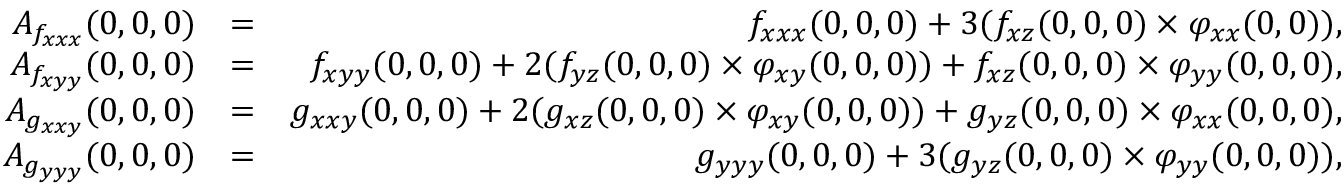
\begin{array} { r l r } { A _ { f _ { x x x } } ( 0 , 0 , 0 ) } & { = } & { f _ { x x x } ( 0 , 0 , 0 ) + 3 ( f _ { x z } ( 0 , 0 , 0 ) \times \varphi _ { x x } ( 0 , 0 ) ) , } \\ { A _ { f _ { x y y } } ( 0 , 0 , 0 ) } & { = } & { f _ { x y y } ( 0 , 0 , 0 ) + 2 ( f _ { y z } ( 0 , 0 , 0 ) \times \varphi _ { x y } ( 0 , 0 , 0 ) ) + f _ { x z } ( 0 , 0 , 0 ) \times \varphi _ { y y } ( 0 , 0 , 0 ) , } \\ { A _ { g _ { x x y } } ( 0 , 0 , 0 ) } & { = } & { g _ { x x y } ( 0 , 0 , 0 ) + 2 ( g _ { x z } ( 0 , 0 , 0 ) \times \varphi _ { x y } ( 0 , 0 , 0 ) ) + g _ { y z } ( 0 , 0 , 0 ) \times \varphi _ { x x } ( 0 , 0 , 0 ) , } \\ { A _ { g _ { y y y } } ( 0 , 0 , 0 ) } & { = } & { g _ { y y y } ( 0 , 0 , 0 ) + 3 ( g _ { y z } ( 0 , 0 , 0 ) \times \varphi _ { y y } ( 0 , 0 , 0 ) ) , } \end{array}